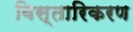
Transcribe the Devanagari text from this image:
विस्तारिकरण